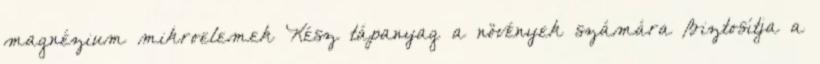
magnézium mikroelemek Kész tápanyag a növények számára Biztosítja a